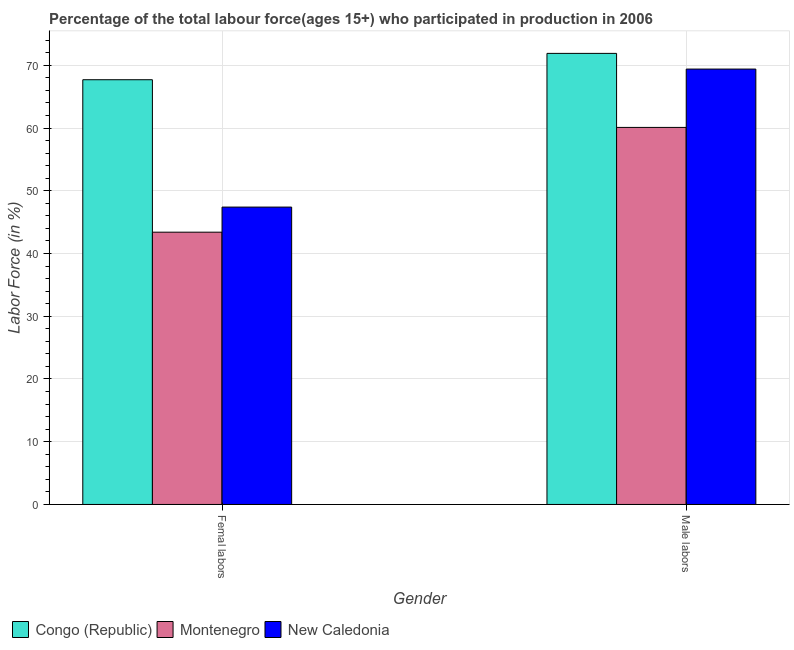
| Gender | Congo (Republic) | Montenegro | New Caledonia |
 | --- | --- | --- | --- |
 | Femal labors | 67.7 | 43.4 | 47.4 |
 | Male labors | 71.9 | 60.1 | 69.4 |